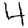
Digit: 4